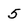
Character: 5